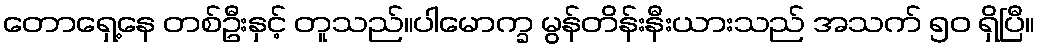
တောရှေ့နေ တစ်ဦးနှင့် တူသည်။ပါမောက္ခ မွန်တိန်းနီးယားသည် အသက် ၅၀ ရှိပြီ။